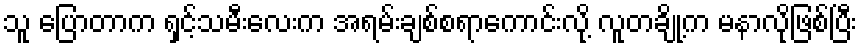
သူ ပြောတာက ရှင့်သမီးလေးက အရမ်းချစ်စရာကောင်းလို့ လူတချို့က မနာလိုဖြစ်ပြီး